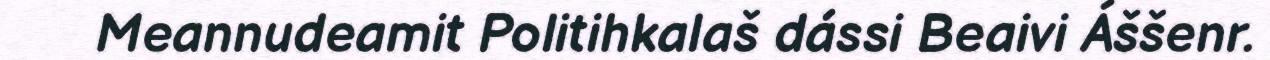
Meannudeamit Politihkalaš dássi Beaivi Áššenr.